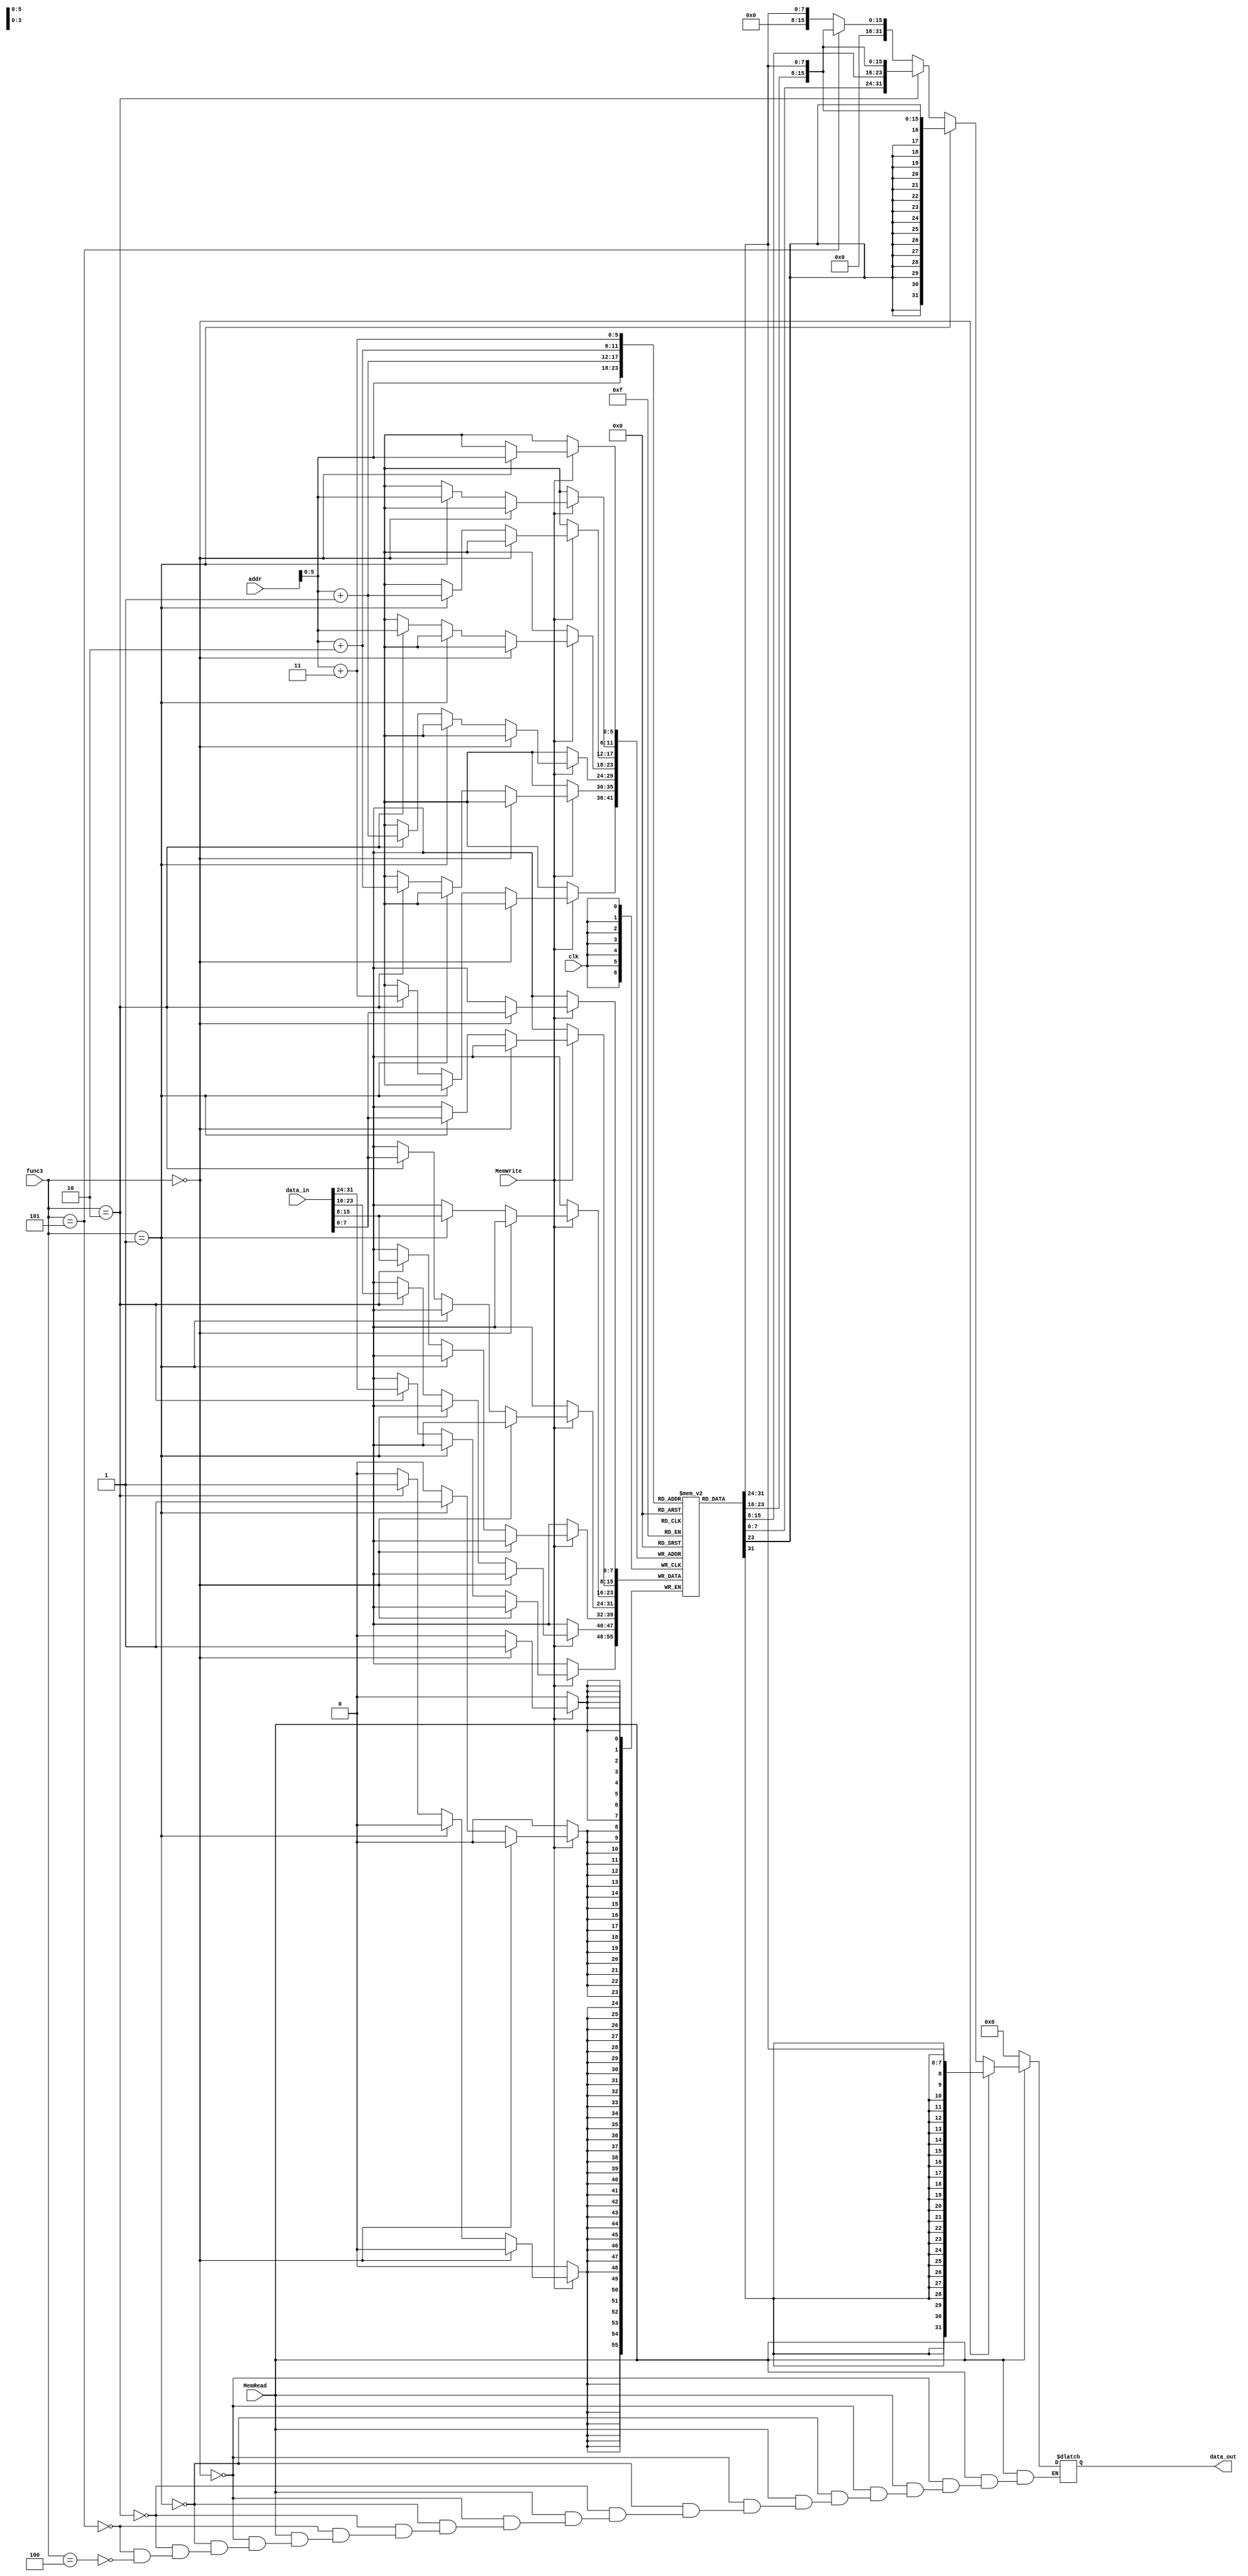
`timescale 1ns / 1ps
//////////////////////////////////////////////////////////////////////////////////
//------------------------------------------------------------------------------------
//------------------------------------------------------------------------------------
//------------------------------------------------------------------------------------
// Module Name: DataMem
// Project Name: Milestone #2
//          Donia Ghazy     900172124
//          Yousef Elwazir  900161060
// Description: The Data Memory which takes the MemRead, the Memwrite , data in (write data) and the addr.
// Change History:
//                  Last Modified 19/04/2020
//------------------------------------------------------------------------------------
//------------------------------------------------------------------------------------
//------------------------------------------------------------------------------------

module DataMem  
(input clk, input MemRead, input MemWrite, input [2:0] func3,     
input [7:0] addr, input [31:0] data_in, output reg [31:0] data_out);

reg [7:0] mem [0:63];
wire [7:0] val ;
assign val = mem[addr];

        

always @(*)
    begin          
      if (MemRead)//LOAD
          begin
      if(func3 == 3'b000) //LB
        data_out={{24{mem[addr][7]}},mem[addr]};
      else if (func3 == 3'b001) //LH
        data_out={{16{mem[addr+1][7]}},mem[addr+1],mem[addr]};
      else if (func3 == 3'b010) //LW
        data_out={mem[addr+3],mem[addr+2],mem[addr+1],mem[addr]};
       else if (func3 == 3'b101) //LHU
        data_out = {16'b0,mem[addr+1],mem[addr]}; 
       else if (func3 ==3'b100) //LBU
        data_out = {24'b0, mem[addr]};
          end 
     else if(MemRead==0)
         data_out=0;    
      end
       
 always @(posedge clk)
  begin
            if (MemWrite) //Store
          begin
            if(func3 == 3'b000) //SB
               mem[addr]<=data_in[7:0];
            else if (func3 == 3'b001) //SH
           begin
               mem[addr]<=data_in[7:0];
               mem[addr+1]<=data_in[15:8];
           end
             else if (func3 == 3'b010) //SW
           begin
               mem[addr]<=data_in[7:0];
               mem[addr+1]<=data_in[15:8];
               mem[addr+2]<=data_in[23:16];
               mem[addr+3]<=data_in[31:24];
           end
           end
  
          end
    
       integer i;
      initial begin
              for (i=0; i<64; i=i+1)
               begin
               mem[i]=8'd0;
                 end      
            mem[0]= 8'd5;
            mem[1]=8'd2;
            mem[2]=8'd0;
     
            mem[3]=8'd2;
               
        end
endmodule